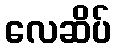
လေဆိပ်